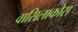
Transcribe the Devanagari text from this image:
वासिलाकोस